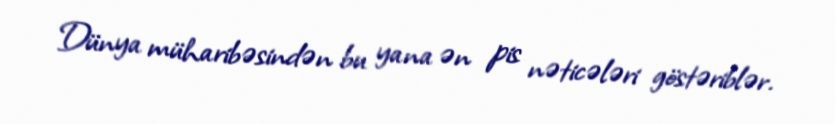
Dünya müharibəsindən bu yana ən pis nəticələri göstəriblər.